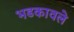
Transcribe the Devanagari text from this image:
भडकावले